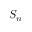
S _ { n }